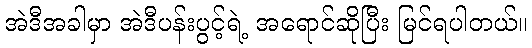
အဲဒီအခါမှာ အဲဒီပန်းပွင့်ရဲ့ အရောင်ဆိုပြီး မြင်ရပါတယ်။